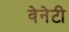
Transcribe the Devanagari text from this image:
वेनेटी